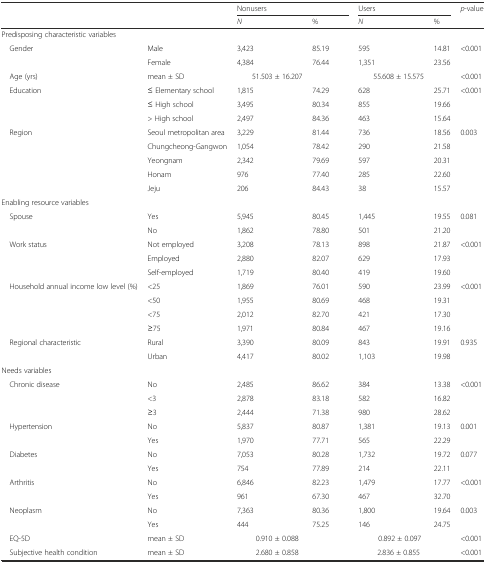
<table><thead><tr><td></td><td></td><td colspan="2"><b>Nonusers</b></td><td colspan="2"><b>Users</b></td><td rowspan="2"><b><i>p</i>-value</b></td></tr><tr><td></td><td></td><td><b><i>N</i></b></td><td><b>%</b></td><td><b><i>N</i></b></td><td><b>%</b></td></tr></thead><tbody><tr><td colspan="7">Predisposing characteristic variables</td></tr><tr><td> Gender</td><td>Male</td><td>3,423</td><td>85.19</td><td>595</td><td>14.81</td><td>&lt;0.001</td></tr><tr><td></td><td>Female</td><td>4,384</td><td>76.44</td><td>1,351</td><td>23.56</td><td></td></tr><tr><td> Age (yrs)</td><td>mean ± SD</td><td>51.503 ± 16.207</td><td></td><td>55.608 ± 15.575</td><td></td><td>&lt;0.001</td></tr><tr><td> Education</td><td>≤ Elementary school</td><td>1,815</td><td>74.29</td><td>628</td><td>25.71</td><td>&lt;0.001</td></tr><tr><td></td><td>≤ High school</td><td>3,495</td><td>80.34</td><td>855</td><td>19.66</td><td></td></tr><tr><td></td><td>&gt; High school</td><td>2,497</td><td>84.36</td><td>463</td><td>15.64</td><td></td></tr><tr><td> Region</td><td>Seoul metropolitan area</td><td>3,229</td><td>81.44</td><td>736</td><td>18.56</td><td>0.003</td></tr><tr><td></td><td>Chungcheong-Gangwon</td><td>1,054</td><td>78.42</td><td>290</td><td>21.58</td><td></td></tr><tr><td></td><td>Yeongnam</td><td>2,342</td><td>79.69</td><td>597</td><td>20.31</td><td></td></tr><tr><td></td><td>Honam</td><td>976</td><td>77.40</td><td>285</td><td>22.60</td><td></td></tr><tr><td></td><td>Jeju</td><td>206</td><td>84.43</td><td>38</td><td>15.57</td><td></td></tr><tr><td colspan="7">Enabling resource variables</td></tr><tr><td> Spouse</td><td>Yes</td><td>5,945</td><td>80.45</td><td>1,445</td><td>19.55</td><td>0.081</td></tr><tr><td></td><td>No</td><td>1,862</td><td>78.80</td><td>501</td><td>21.20</td><td></td></tr><tr><td> Work status</td><td>Not employed</td><td>3,208</td><td>78.13</td><td>898</td><td>21.87</td><td>&lt;0.001</td></tr><tr><td></td><td>Employed</td><td>2,880</td><td>82.07</td><td>629</td><td>17.93</td><td></td></tr><tr><td></td><td>Self-employed</td><td>1,719</td><td>80.40</td><td>419</td><td>19.60</td><td></td></tr><tr><td> Household annual income low level (%)</td><td>&lt;25</td><td>1,869</td><td>76.01</td><td>590</td><td>23.99</td><td>&lt;0.001</td></tr><tr><td></td><td>&lt;50</td><td>1,955</td><td>80.69</td><td>468</td><td>19.31</td><td></td></tr><tr><td></td><td>&lt;75</td><td>2,012</td><td>82.70</td><td>421</td><td>17.30</td><td></td></tr><tr><td></td><td>≥75</td><td>1,971</td><td>80.84</td><td>467</td><td>19.16</td><td></td></tr><tr><td> Regional characteristic</td><td>Rural</td><td>3,390</td><td>80.09</td><td>843</td><td>19.91</td><td>0.935</td></tr><tr><td></td><td>Urban</td><td>4,417</td><td>80.02</td><td>1,103</td><td>19.98</td><td></td></tr><tr><td colspan="7">Needs variables</td></tr><tr><td> Chronic disease</td><td>No</td><td>2,485</td><td>86.62</td><td>384</td><td>13.38</td><td>&lt;0.001</td></tr><tr><td></td><td>&lt;3</td><td>2,878</td><td>83.18</td><td>582</td><td>16.82</td><td></td></tr><tr><td></td><td>≥3</td><td>2,444</td><td>71.38</td><td>980</td><td>28.62</td><td></td></tr><tr><td> Hypertension</td><td>No</td><td>5,837</td><td>80.87</td><td>1,381</td><td>19.13</td><td>0.001</td></tr><tr><td></td><td>Yes</td><td>1,970</td><td>77.71</td><td>565</td><td>22.29</td><td></td></tr><tr><td> Diabetes</td><td>No</td><td>7,053</td><td>80.28</td><td>1,732</td><td>19.72</td><td>0.077</td></tr><tr><td></td><td>Yes</td><td>754</td><td>77.89</td><td>214</td><td>22.11</td><td></td></tr><tr><td> Arthritis</td><td>No</td><td>6,846</td><td>82.23</td><td>1,479</td><td>17.77</td><td>&lt;0.001</td></tr><tr><td></td><td>Yes</td><td>961</td><td>67.30</td><td>467</td><td>32.70</td><td></td></tr><tr><td> Neoplasm</td><td>No</td><td>7,363</td><td>80.36</td><td>1,800</td><td>19.64</td><td>0.003</td></tr><tr><td></td><td>Yes</td><td>444</td><td>75.25</td><td>146</td><td>24.75</td><td></td></tr><tr><td> EQ-5D</td><td>mean ± SD</td><td>0.910 ± 0.088</td><td></td><td>0.892 ± 0.097</td><td></td><td>&lt;0.001</td></tr><tr><td> Subjective health condition</td><td>mean ± SD</td><td>2.680 ± 0.858</td><td></td><td>2.836 ± 0.855</td><td></td><td>&lt;0.001</td></tr></tbody></table>